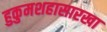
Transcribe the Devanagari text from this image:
हुकुमशहासारखा